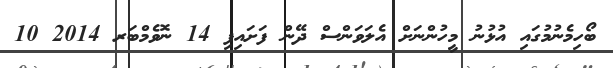
ބޯހިމެނުމުގައި އުޅުނު މީހުންނަށް އެލަވަންސް ދޭން ފަށައިފި 14 ނޮވެމްބަރ 2014 10